65_HS1-834228961_62-HQ-83894_Section_9
Agency: FBI
Page 30
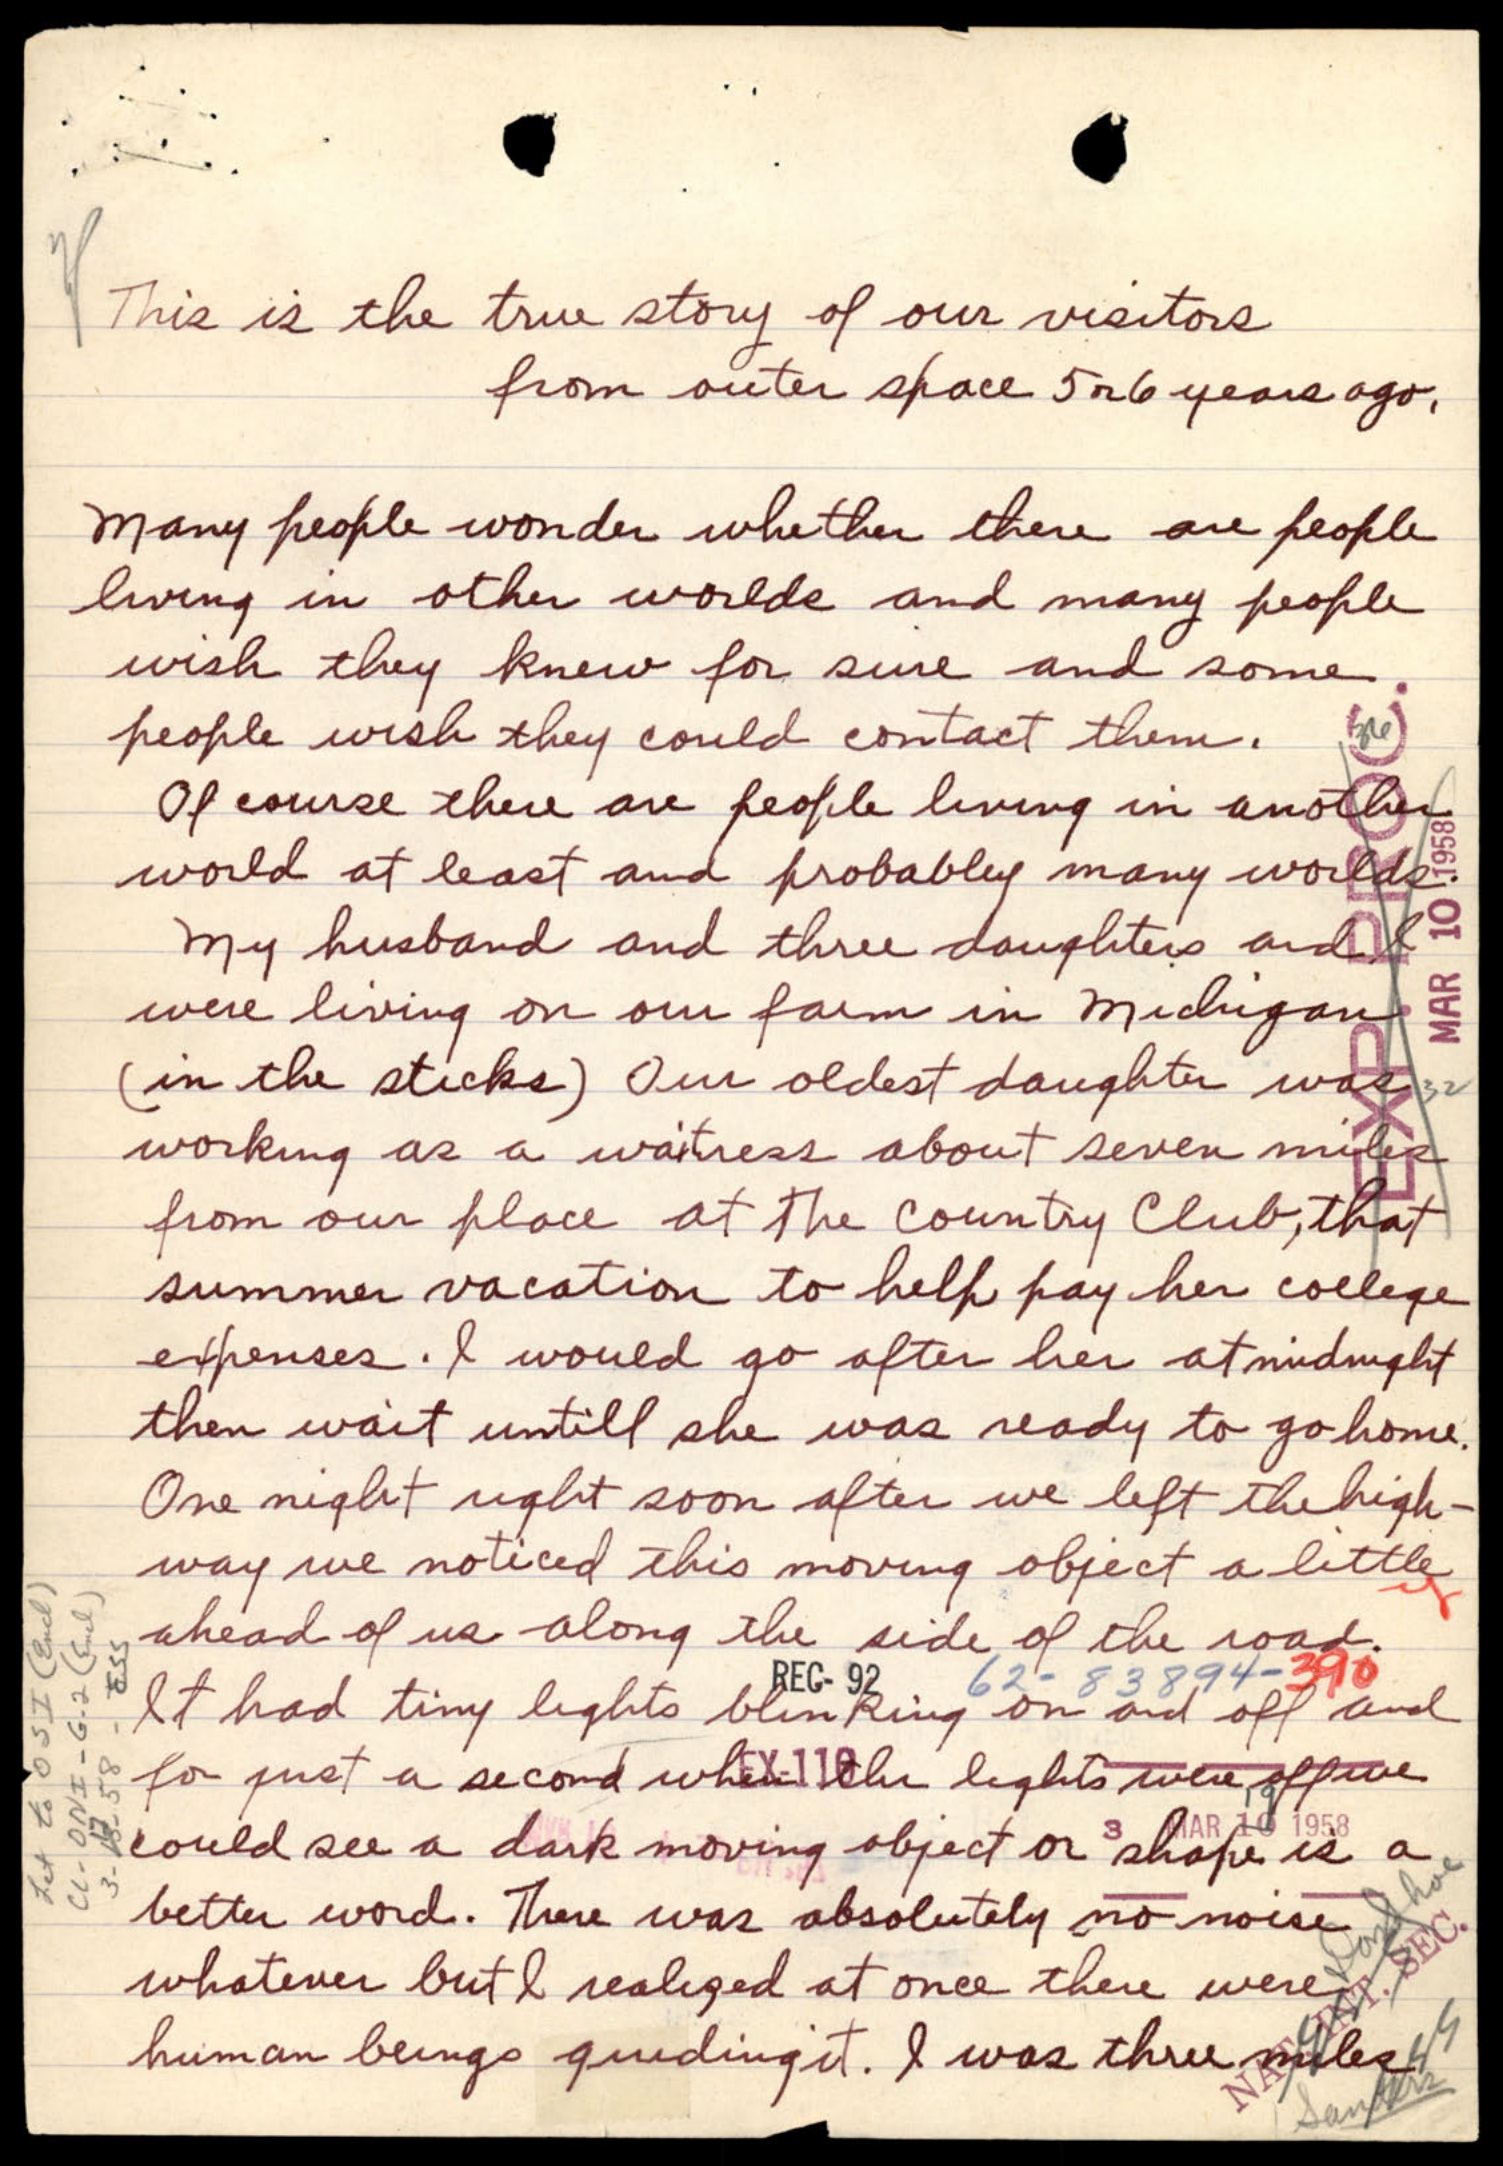